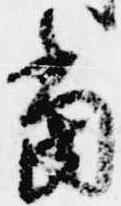
当